Annual report on the working of the lock hospitals in the Central Provinces
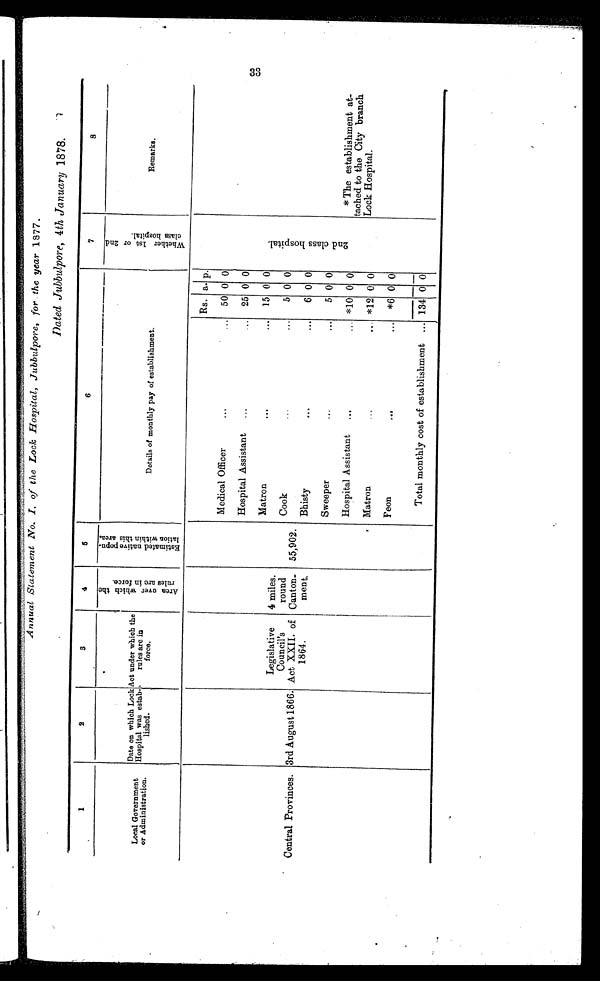
Annual Statement No. I. of the Lock Hospital, Jubbulpore, for the year 1877.
Dated Jubbulpore, 4 th January 1878.
1
2
3
4
5
6
7
8
Whether 1st or 2nd class hospital.
Local Government
or Administration.
Date on which Lock
Hospital was estab-
lished.
Act under which the
rules are in
force.
A r e a o v e r w h i c h t h e r u l e s a n d i n f o r c e .
E s t i m a t e d n a t i v e p o p u - l a t i o n w i t h i n t h i s a r e a .
Details of monthly pay of establishment.
Remarks.
Central Provinces. 3rd August 1866.
Legislative
Council's
Act XXII. of
1864.
4 miles.
round
Canton-
ment.
55,902.
Rs. a. p.
2 n d c l a s s h o s p i t a l .
0
Medical Officer
...
...
50 0
Hospital Assistant
...
...
25 0 0
Matron
... ...
15 0 0
Cook
...
...
5 0 0
Bhisty
...
...
6 0 0
Sweeper
... ...
5 0 0
*The establishment at-
tached to the City branch
Lock Hospital.
*10 0 0
Hospital Assistant
...
...
0
Matron
... *12 0
Peon
...
...
*6 0 0
Total monthly cost of establishment ... 134
0
0
33